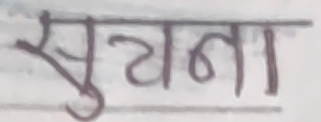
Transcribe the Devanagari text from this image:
सूचना